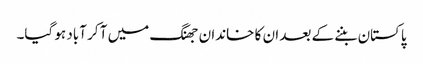
پاکستان بننے کے بعد ان کا خاندان جھنگ میں آ کر آباد ہو گیا۔